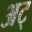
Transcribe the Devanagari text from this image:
अट्